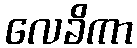
လေခိကာ